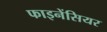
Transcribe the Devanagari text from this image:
फाइनेंसियर